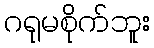
ဂရုမစိုက်ဘူး